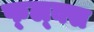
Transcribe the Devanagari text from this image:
फ्ल्क्स